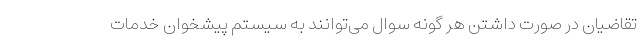
تقاضیان در صورت داشتن هر گونه سوال می‌توانند به سیستم پیشخوان خدمات